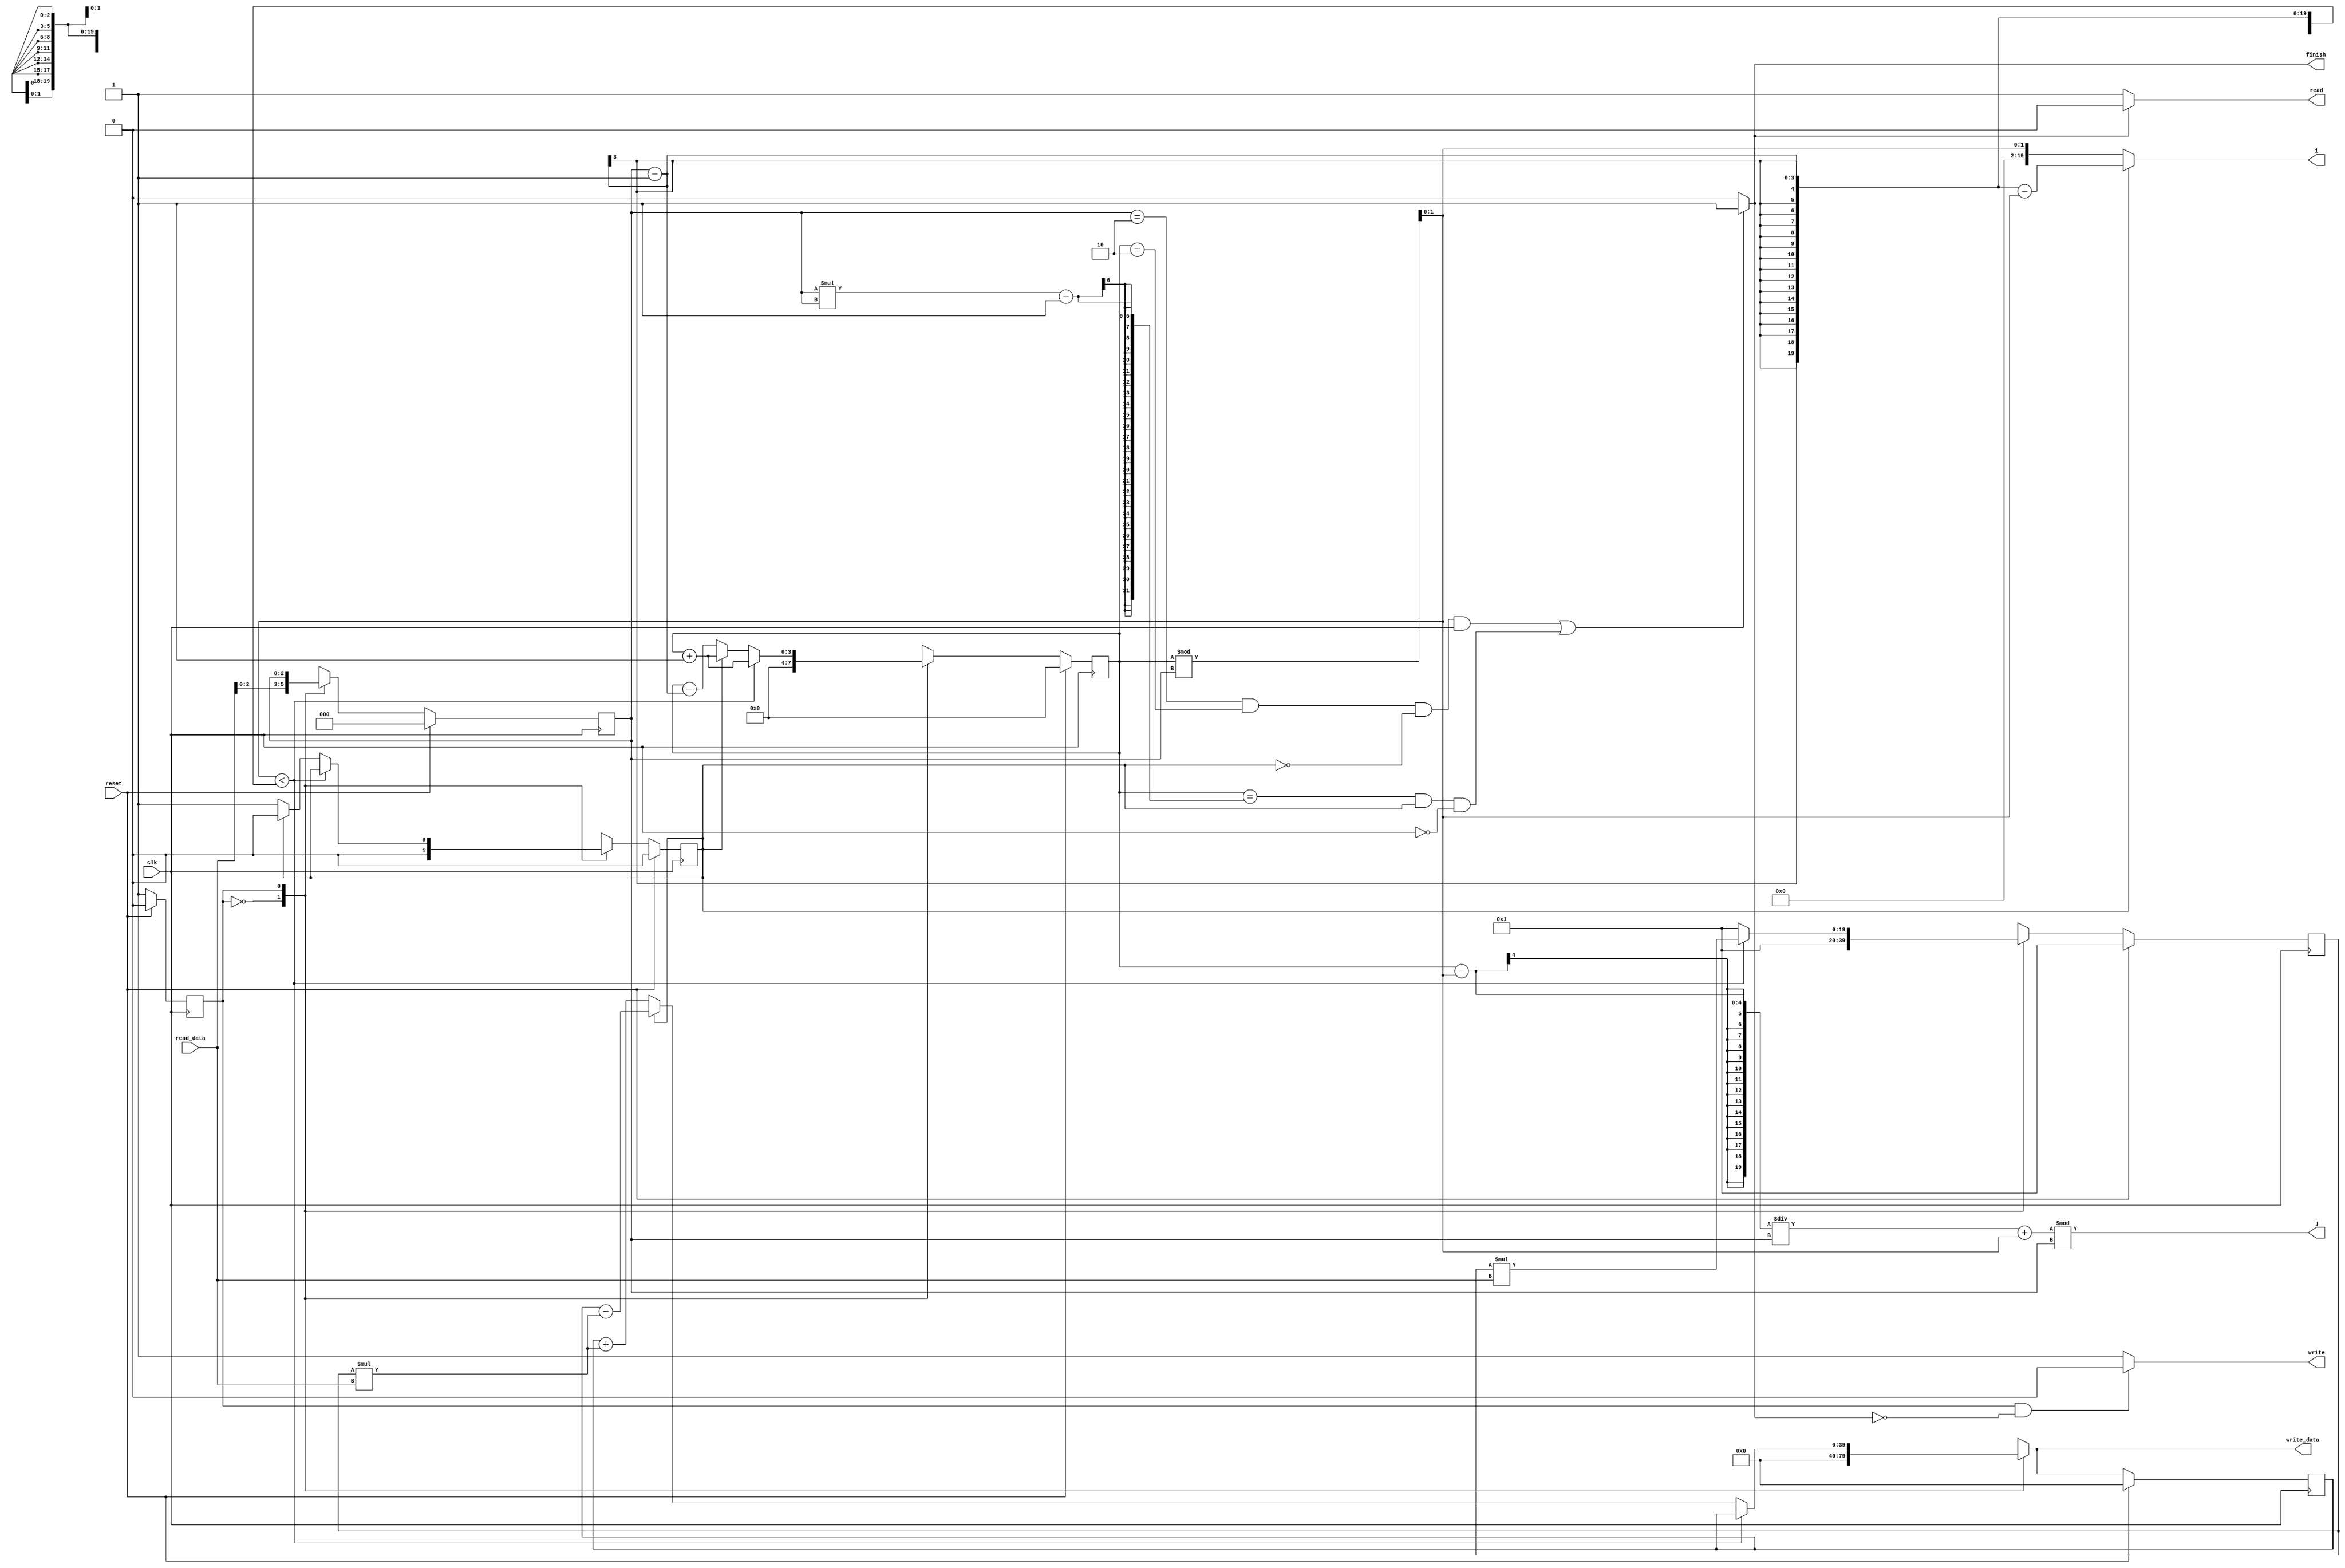

module Det(clk,i,j,reset,read,write,read_data,write_data,finish);
	parameter MAX=20;
    parameter READROWCOL = 1'b0;
    parameter READMATRIX = 1'b1;

	input reset, clk;
	input [MAX-1:0] read_data;
	
	output [MAX-1:0] i, j;
	output read, write, finish;
	output [2*MAX-1:0] write_data;

    reg [3:0] idx, idx_next;
    reg [2:0] n, n_next;
    reg state, state_next, neg, neg_next;
    wire [1:0] col;
    reg signed [MAX-1:0] product, product_next;
    reg signed [2*MAX-1:0] total, write_data;
    wire signed [MAX-1:0] read_data;

    always@(posedge clk)begin
        if(reset == 1'b1)begin
            state <= READROWCOL;
            idx <= 4'd0;
            product <= 40'd1;
            total <= 40'd0;
            neg <= 1'b0;
            n <= 3'd0;
        end
        else begin
            state <= state_next;
            idx <= idx_next;
            product <= product_next;
            total <= write_data;
            neg <= neg_next;
            n <= n_next;
        end
    end

    always@(*)begin 
        state_next = READMATRIX;
        case(state)
            READROWCOL:begin
                idx_next = 4'd0;
                product_next = 40'd1;
                write_data = 40'd0;
                neg_next = 1'b0;
                n_next = read_data[2:0];
            end
            READMATRIX:begin
                if(col<n-1) begin
                    idx_next = idx + 1;
                    product_next = product*read_data;
                    write_data = total;
                    neg_next = neg;
                    n_next = n;
                end
                else begin
                    idx_next = (neg==1'b0)? idx-(n-1) : idx + 1;
                    product_next = 40'd1;
                    write_data = (neg==1'b0)? total + product*read_data : total - product*read_data;
                    neg_next = (neg==1'b0)? 1'b1 : 1'b0;
                    n_next = n;
                end
            end
        endcase
    end

    assign col = idx%n;
	assign i = (neg==1'b0)? col : n-1-col;
	assign j = ((idx-col)/n + col)%n;
    assign finish = ((n==3'd2 && idx==4'd2 && neg==1'b0 && clk==1'b1) || (idx==n*n-1 && neg==1'b1 && clk==1'b0))? 1'b1 : 1'b0;
    assign read = (finish==1'b0)? 1'b1 : 1'b0;
    assign write = (state==READMATRIX && finish==1'b0)? 1'b0 : 1'b1;
	
endmodule